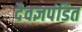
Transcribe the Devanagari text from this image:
दैवज्ञपंडित